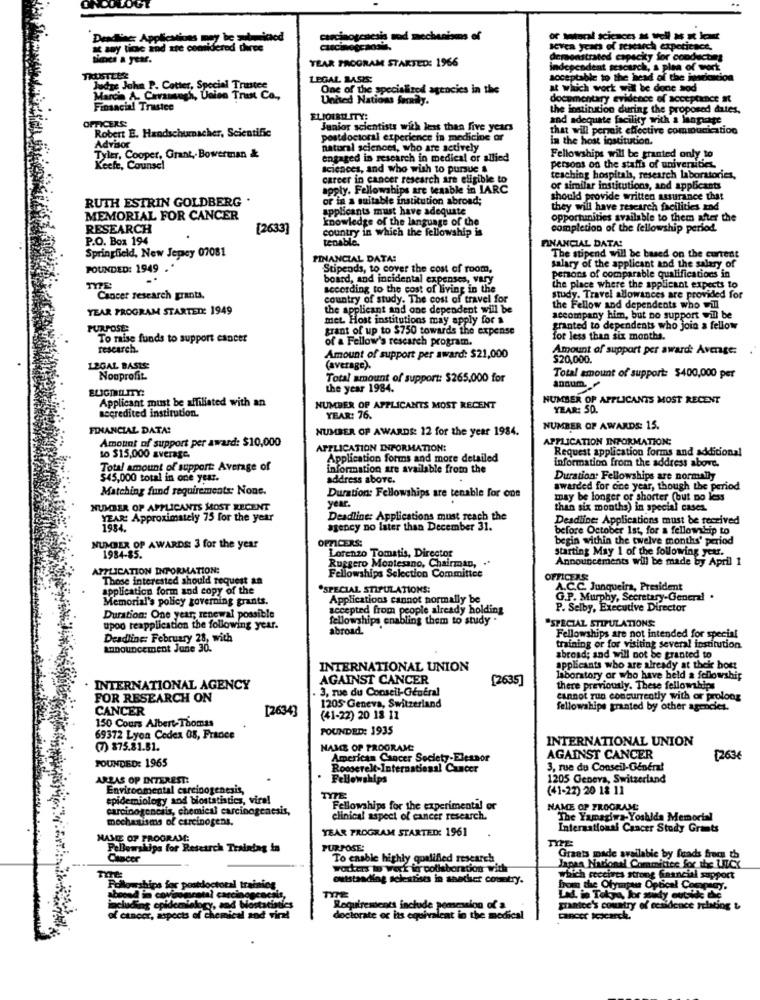
carcinogenesis sod mechanisms of
Deadlines Applications may be nimimed
a any tice ind tre cobride
Seven years of research experience.
times a year.
TEAR PROGRAM STARTED: 1966
demonstrated capacity for conducting
independent sescarch, a plea of work
TRUSTLER
LEGAL BASES:
acceptable to the head of the jorickcion
Judge John P. Catter, Special Transtee
One of the specialized agencies in the
at which work wil be done sod
Marcia A. Ceramauch, Union Trian Co .,
United Nations fordy.
documentary evidence of acceptance st
Financial Trustee
the institution during the proposed dates,
OFFICERS:
ELIOERIL ITY:
and adequate facility with a language
Junior scientists with less than five years
that will permit effective communication
Robert E. Handschumacher, Scientific
postdoctoral experience in medicine or
in the host institution.
Advisor
natural sciences, who are actively
Tyler, Cooper, Grant, Bowerman &
engaged in research in medical or allied
Fellowships will be granted only to
Keefe, Counsel
Sciences, and who wish to pursue &
persons on the staffs of universities.
career in cancer research are eligible to
teaching hospitals, research laboratories,
apply. Fellowships are tesable in LARC
of similar institutions, and applicants
RUTH ESTRIN GOLDBERG .
or in a suitable institution abroad;
should provide written assurance that
Applicants must have adequate
they will have research facilities and
MEMORIAL FOR CANCER
knowledge of the language of the
opportunities available to them after the
RESEARCH
[2633]
country in which the fellowship is
completion of the fellowship period.
P.O. Box 194
tenable.
Springfield, New Jepey 07081
FINANCIAL DATA!
FINANCIAL DATA:
The stipend will be based on the current
POUNDED: 1949 .
Stipends, to cover the cost of room,
salary of the applicant and the salary of
board, and incidental expenses, vary
pensons of comparable qualifications in
according to the cost of living in the
the place where the applicant expects to
Cancer research grants.
country of study. The cost of travel for
study. Travel allowances are provided for
YEAR PROGRAM STARTED: 1949
the applicant and one dependent will be
the Fellow and dependents who will
met. Host institutions may apply for a
accompany him, but no support will be
PURPOSE:
grant of up to $750 towards the expense
granted to dependents who join a fellow
To mise funds to support cancer
of a Fellow's research program.
for less than six months.
research.
Amount of support per award: Average:
Amount of support per award: $21,000
$20,000.
12GAL BASIS:
(average).
Nonprofit
Total amount of support: $265.000 for
anaum.
Total amount of support: $400,000 per
the year 1984.
Applicant must be affiliated with an
NUMBER OF APPLICANTS MOST RECENT
NUMBER OF APPLICANTS MOST RECENT
YEAR: 50.
accredited institution.
YEAR: 76.
FINANCIAL DATA:
NUMBER OF AWARDS: 12 for the year 1984.
NUMBER OF AWARDS: 15.
Amount of support per award: $10,000
APPLICATION INFORMATION:
APPLICATION INFORMATION:
Request application forms and additional
to $15,000 average.
Application forms and more detailed
information from the address above.
Total amount of support: Average of
information are available from the
$45,000 total in one year.
address above.
Duration: Fellowships are normally
Matching fund requirements: None.
awarded for one year, though the period
Duration: Fellowships are tenable for one
may be longer of shorter (but no less
NUMBER OF APPLICANTS MOST RECENT
year.
than six months) in special cases.
YEAR: Approximately 75 for the year
Deadline: Applications must reach the
Deadline: Applications must be received
1984
agency no later than December 31.
before October 1st, for a fellowship to
OFFICERS:
begin within the twelve months' period
NUMBER OF AWARDS: 3 for the year
starting May 1 of the following your.
1984-85.
Lorenzo Tomatis, Director
Announcements will be made by April 1
APPLICATION INFORMATION:
Ruggero Montesano, Chairman,
Those interested should request an
Fellowships Selection Committee
OFFICERS:
application form and copy of the
.SPECIAL STIPULATIONS:
A.C.C. Junqueira, President
Memorial's policy governing grants.
Applications cannot normally be
G.P. Murphy, Secretary-General
accepted from people already holding
P. Selby, Executive Director
Duration: One year, renewal possible
fellowships enabling them to study .
"SPECIAL STIPULATIONS:
upoo reapplication the following year.
abroad.
Deadline: February 28, with
Fellowships are not intended for special
Lonouncement June 30.
training or for visiting several institution.
abroad; and will not be granted to
INTERNATIONAL UNION
applicants who are already at thek host
AGAINST CANCER
(2635]
laboratory or who have held a fellowship
INTERNATIONAL AGENCY
3, rue du Conseil-Général
there previously. These fellowships
FOR RESEARCH ON
cannot run concurrently with or prolong
CANCER
[2634]
1205 Geneva, Switzerland
fellowships granted by other agencies.
150 Cours Albert-Thomas
(41-22) 20 18 11
FOUNDED: 1935
69372 Lyon Cedex 08, France
INTERNATIONAL UNION
(7) $75.81.81.
NAME OF PROGRAM:
FOUNDED: 1965
American Cancer Society-Eleanor
AGAINST CANCER
[263€
Roosevelt-International Cancer
3, rue du Conseil-Généra!
ARLAS OP INTEREST:
Fellowships
1205 Geneva, Switzerland
Environmental carcinogenesis,
(41-22) 20 18 11
epidemiology and biostat
d biostatistics, viral
TYTE
carcinogenciis, chemical carcinogenesis,
Fellowships for the experimental or
NAME OP PROGRAM:
mechanisms of carcinogens.
clinical aspect of cancer research.
The Yamagiwa-Yoshida Memorial
YEAR PROGRAM STARTED: 1961
International Cancer Study Grants
NAME OF PROGRAM:
Fellowships for Research Training in
PURPOSE:
Cancer
To enable highly qualified research
Graats made available by fonds fracs th
workers to work in collaboration with
Japan National Committee for the LICY
soleazises in saather country.
cectives strong financial support
Pollowships for postdoctoral trainlos
aboond in covsomretal carcinogencals,
La. in Tokyo, bor mudy
including epideant
logy, and biostatistics
Requirements include pemsession of a
prafrice's country of residence relating &
of cancer, aspects of Chemical and viral
doctorate ec ts equivaleat in the medical